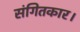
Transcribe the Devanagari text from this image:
संगितकार।